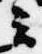
云